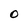
Character: 0